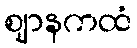
ဈာနကထံ